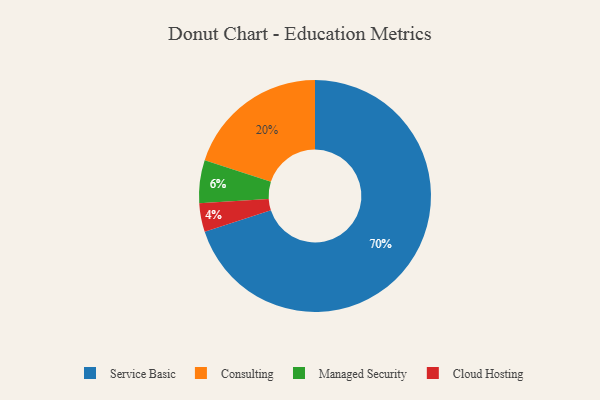
{"axis": {"x": "Category", "y": "Percentage"}, "legend": ["Cloud Hosting", "Consulting", "Managed Security", "Service Basic"], "data": [{"x": "Cloud Hosting", "y": 4, "type": "Cloud Hosting"}, {"x": "Consulting", "y": 20, "type": "Consulting"}, {"x": "Service Basic", "y": 70, "type": "Service Basic"}, {"x": "Managed Security", "y": 6, "type": "Managed Security"}]}